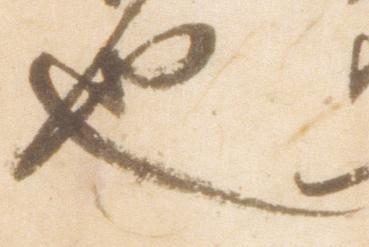
也